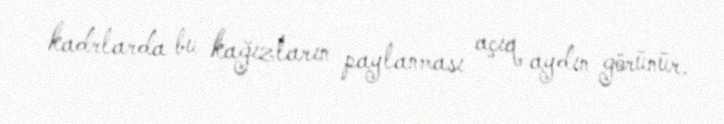
kadrlarda bu kağızların paylanması açıq aydın görünür.